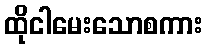
ထိုငါမေးသောစကား